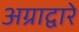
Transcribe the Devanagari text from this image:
अग्राद्वारे